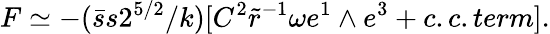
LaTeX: F\simeq-(\bar{s}s2^{5/2}/k)[C^{2}\tilde{r}^{-1}\omega e^{1}\wedge e^{3}+c.c.term].